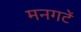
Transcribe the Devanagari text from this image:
मनगटें